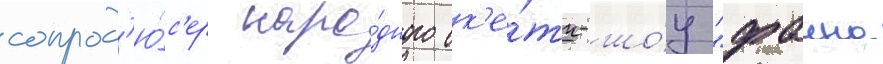
сопрод'ю́с'ер наро́дного ск'е́тч-шо́у "фаина